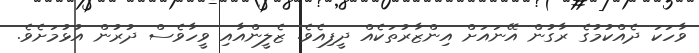
ވާހަކަ ދެއްކުމުގެ ރާގުން އޭނައަށް އިންޒާރުތަކެއް ދީފިއެވެ. ޒެލީންއާއި ވީހާވެސް ދުރުން އުޅުމަށެވެ.